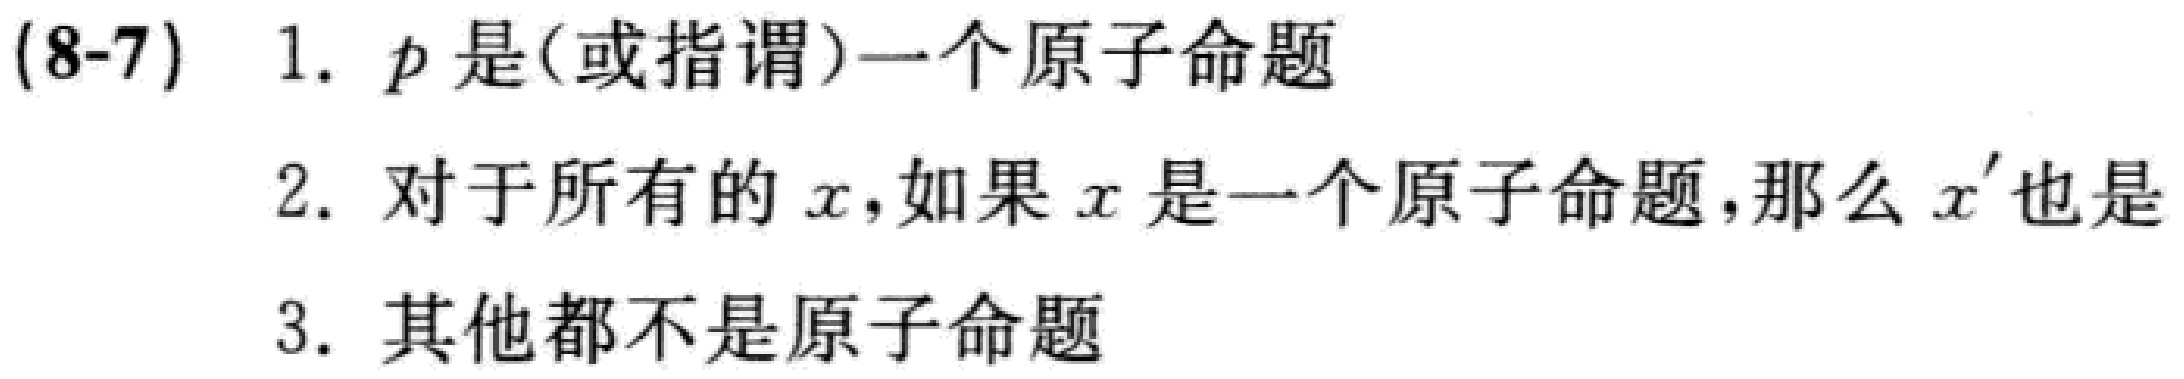
(8-7) 1. \(p\)是(或指谓)一个原子命题

2. 对于所有的\(x\)，如果\(x\)是一个原子命题，那么\(x'\)也是

3. 其他都不是原子命题